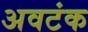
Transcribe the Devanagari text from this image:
अवटंक